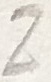
Text: Z